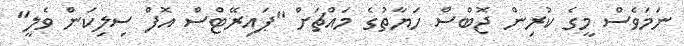
ނަމަވެސް މީގެ ކުރިން ޖޮބްސް ހަޔާތުގެ މައްޗަށް "ޕައިރޭޓްސް އޮފް ސިލިކަން ވެލީ"